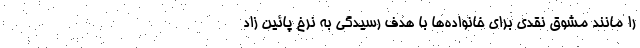
را مانند مشوق نقدی برای خانواده‌ها با هدف رسیدگی به نرخ پائین زاد